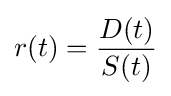
r(t)={D(t) \over S(t)}